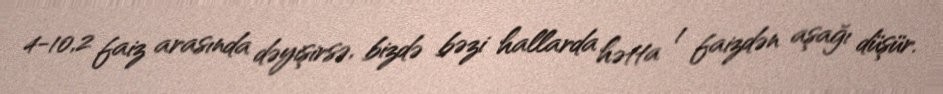
4-10,2 faiz arasında dəyişirsə, bizdə bəzi hallarda hətta 1 faizdən aşağı düşür.